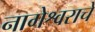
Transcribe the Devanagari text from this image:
नागेेश्वराचे